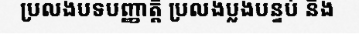
ប្រលងបទបញ្ញាត្តិ ប្រលងប្លងបន្ទប់ និង